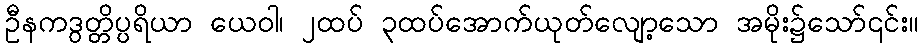
ဦနကဒွတ္တိပ္ပရိယာ ယေဝါ၊ ၂ထပ် ၃ထပ်အောက်ယုတ်လျော့သော အမိုး၌သော်၎င်း။